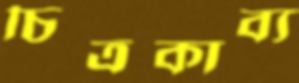
চিত্রকাব্য